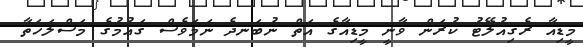
މީޑިއާ ރެގިއުލޭޓު ކުރަން ވާނީ މީޑިއާގެ އަތް ނުބަނދެ ނަމަވެސް ގައުމުގެ މަސްލަހަތާ